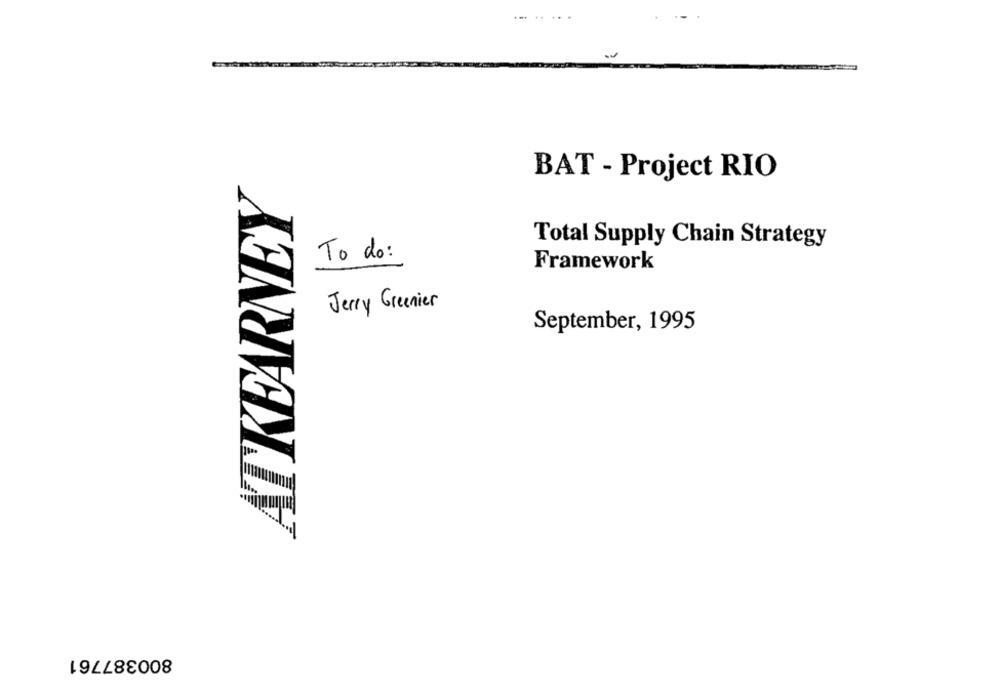
BAT - Project RIO
ATKEARNEY
Total Supply Chain Strategy
To do:
Framework
Jerry Greenier
September, 1995
800387761